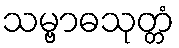
သမ္ဗာဓသုတ္တံ